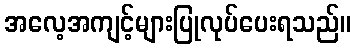
အလေ့အကျင့်များပြုလုပ်ပေးရသည်။